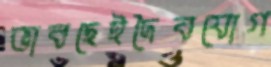
ভাবছেইদৈবযোগ